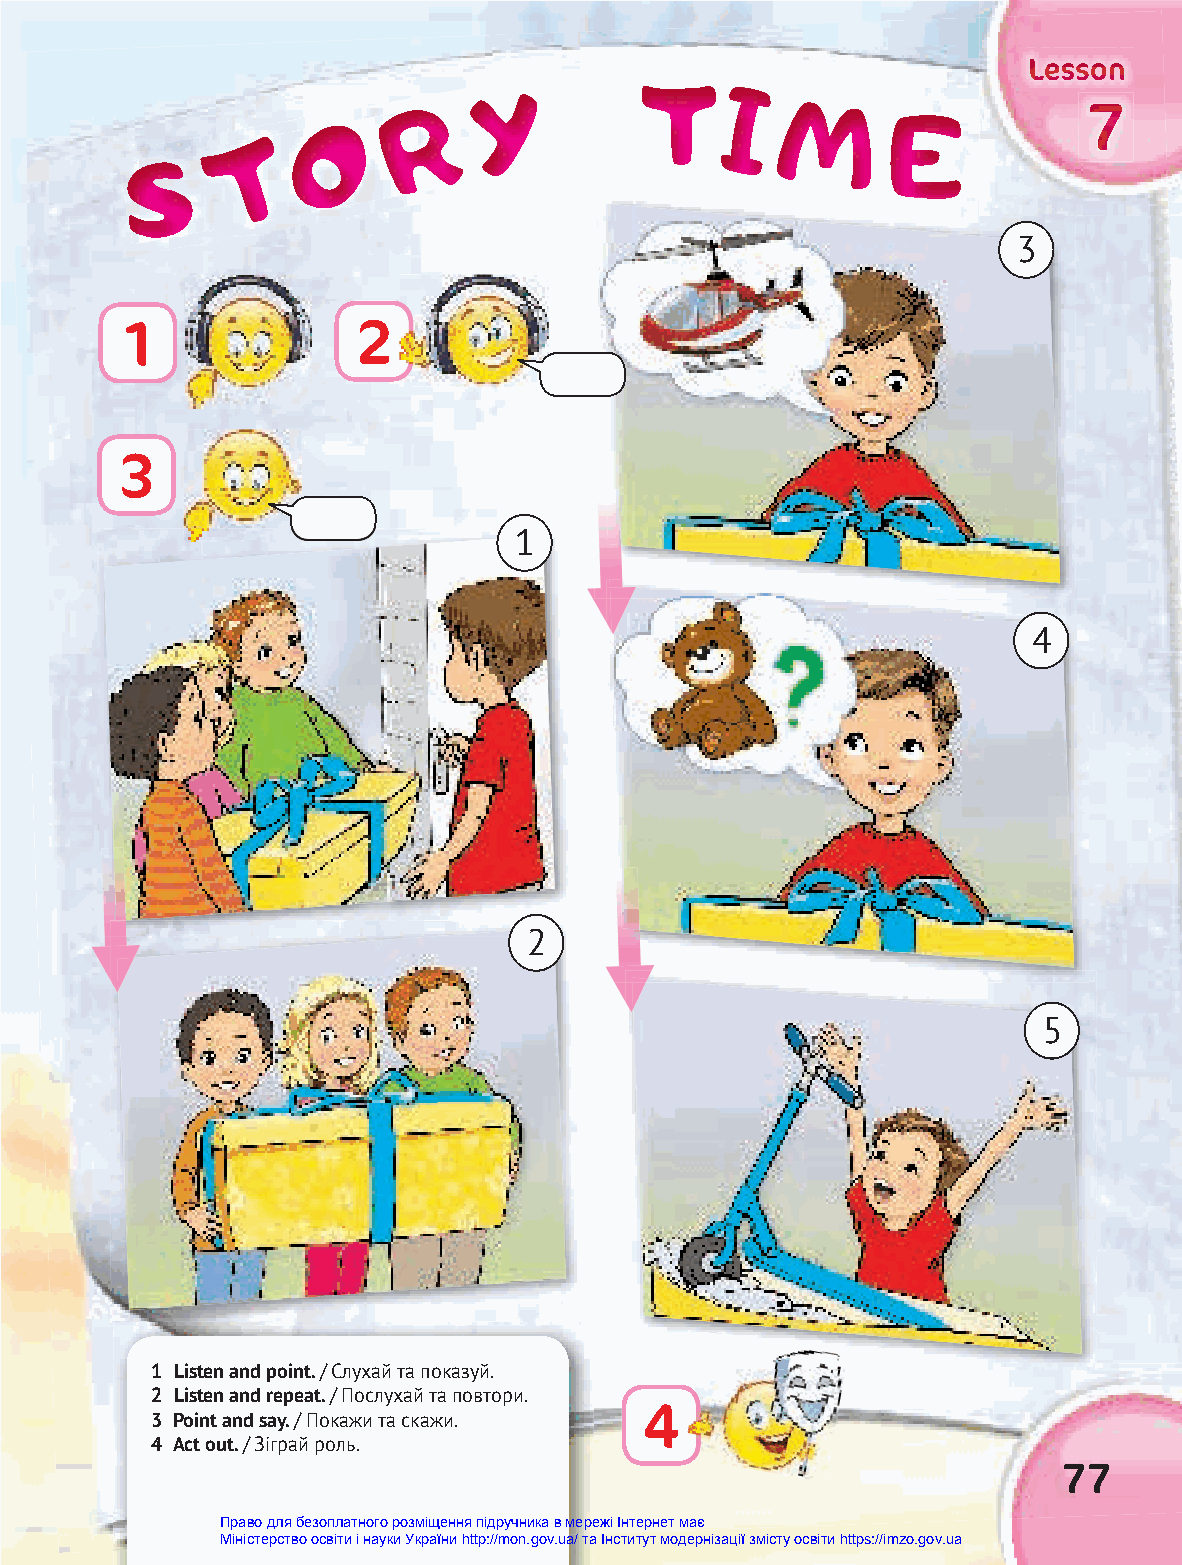
YYY       TTTTTT                    LLLeeessssssooonnn
 IIIIII
 RRR
 MMMMMM
 OOO                                   EEEEEE        777
 TTT
 SSS
 3
 1               2
 3
 1
 4
 2
 5
 1 Listen and point. / Слухай та показуй.
 2 Listen and repeat. / Послухай та повтори.
 4
 3 Point and say. / Покажи та скажи.
 4 Act out. / Зіграй роль.
 77
 Право для безоплатного розміщення підручника в мережі Інтернет має
 Міністерство освіти і науки України http://mon.gov.ua/ та Інститут модернізації змісту освіти https://imzo.gov.ua